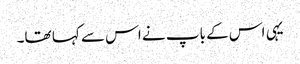
یہی اس کے باپ نے اس سے کہا تھا۔